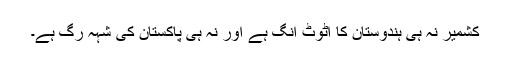
کشمیر نہ ہی ہندوستان کا اٹوٹ انگ ہے اور نہ ہی پاکستان کی شہہ رگ ہے۔